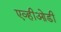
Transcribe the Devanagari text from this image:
एव्हीओडी